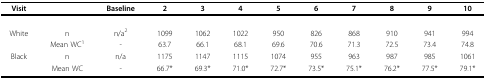
<table><thead><tr><td><b>Visit</b></td><td></td><td><b>Baseline</b></td><td><b>2</b></td><td><b>3</b></td><td><b>4</b></td><td><b>5</b></td><td><b>6</b></td><td><b>7</b></td><td><b>8</b></td><td><b>9</b></td><td><b>10</b></td></tr></thead><tbody><tr><td>White</td><td>n</td><td>n/a<sup>2</sup></td><td>1099</td><td>1062</td><td>1022</td><td>950</td><td>826</td><td>868</td><td>910</td><td>941</td><td>994</td></tr><tr><td></td><td>Mean WC<sup>1</sup></td><td>-</td><td>63.7</td><td>66.1</td><td>68.1</td><td>69.6</td><td>70.6</td><td>71.3</td><td>72.5</td><td>73.4</td><td>74.8</td></tr><tr><td>Black</td><td>n</td><td>n/a</td><td>1175</td><td>1147</td><td>1115</td><td>1074</td><td>955</td><td>963</td><td>987</td><td>985</td><td>1061</td></tr><tr><td></td><td>Mean WC</td><td>-</td><td>66.7*</td><td>69.3*</td><td>71.0*</td><td>72.7*</td><td>73.5*</td><td>75.1*</td><td>76.2*</td><td>77.5*</td><td>79.1*</td></tr></tbody></table>